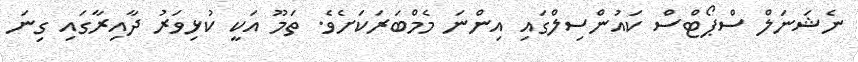
ނެޝަނަލް ސްޕޯޓްސް ކައުންސިލްގައި އިންނަ މެމްބަރަކަށެވެ. ތަމޫ އަކީ ކުޅިވަރު ދާއިރާގައި ގިނަ